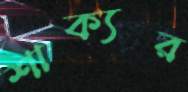
শাক্যর